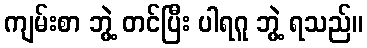
ကျမ်းစာ ဘွဲ့ တင်ပြီး ပါရဂူ ဘွဲ့ ရသည်။